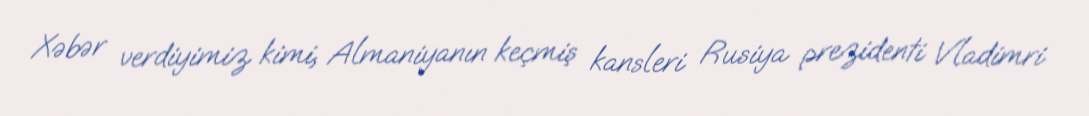
Xəbər verdiyimiz kimi, Almaniyanın keçmiş kansleri Rusiya prezidenti Vladimri